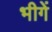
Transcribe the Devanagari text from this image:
भीगें